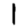
Digit: 1